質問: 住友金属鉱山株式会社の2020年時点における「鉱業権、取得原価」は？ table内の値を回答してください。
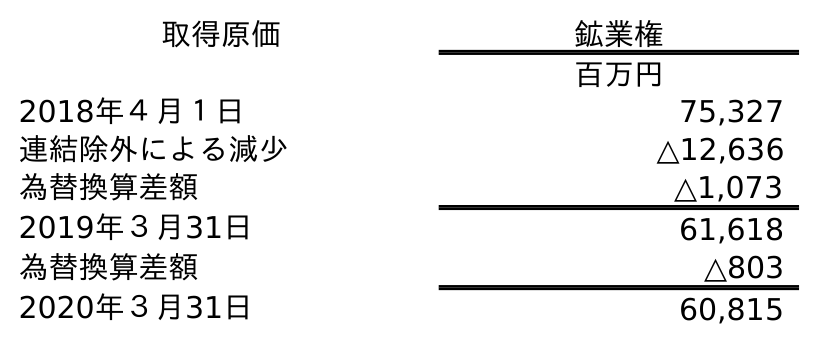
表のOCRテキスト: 取得原価 鉱業権 百万円 2018年４月１日 75,327 連結除外による減少 △12,636 為替換算差額 △1,073 2019年３月31日 61,618 為替換算差額 △803 2020年３月31日 60,815
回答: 60,815